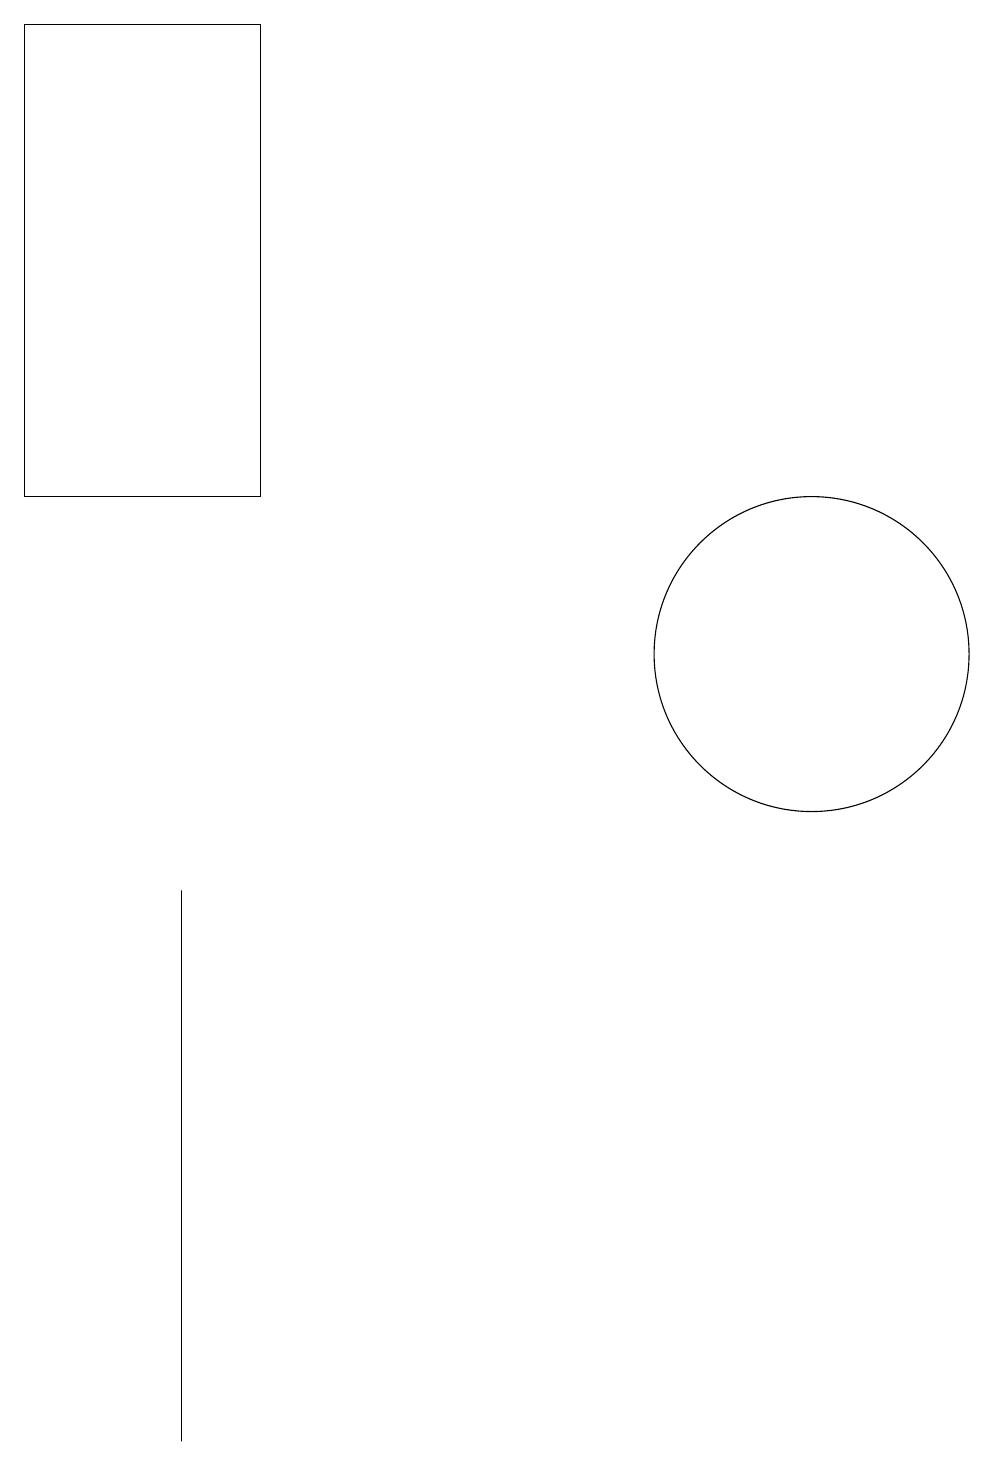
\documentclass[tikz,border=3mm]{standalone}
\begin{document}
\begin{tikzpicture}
\draw (3,1) -- (3,6) -- (3,8) -- cycle;
\draw (11,11) circle (2);
\draw (1,19) rectangle (4,13);
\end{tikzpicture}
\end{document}